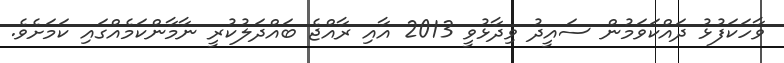
ވާހަކަފުޅު ދައްކަވަމުން ސައީދު ވިދާޅުވީ 2013 އާއި ރާއްޖެ ބައްދަލުކުރީ ނާމާންކަމެއްގައި ކަމަށެވެ.